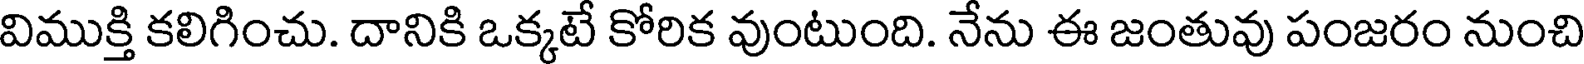
విముక్తి కలిగించు. దానికి ఒక్కటే కోరిక వుంటుంది. నేను ఈ జంతువు పంజరం నుంచి